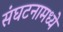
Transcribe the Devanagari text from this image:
संघटनामध्ये